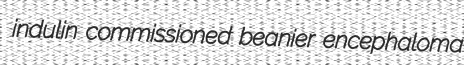
indulin commissioned beanier encephaloma